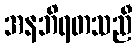
အနဘိရတသညီ